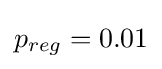
p_{reg}=0.01